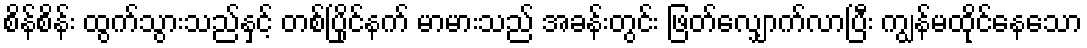
စိန်စိန်း ထွက်သွားသည်နှင့် တစ်ပြိုင်နက် မာမားသည် အခန်းတွင်း ဖြတ်လျှောက်လာပြီး ကျွန်မထိုင်နေသော